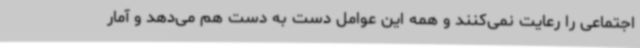
اجتماعی را رعایت نمی‌کنند و همه این عوامل دست به دست هم می‌دهد و آمار